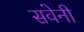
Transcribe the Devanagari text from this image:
सवेनी